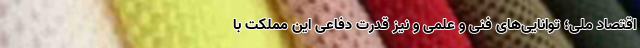
اقتصاد ملی؛ توانایی‌‌های فنی و علمی و نیز قدرت دفاعی این مملکت با